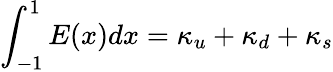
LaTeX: \int_{-1}^{1}E(x)dx=\kappa_{u}+\kappa_{d}+\kappa_{s}